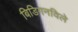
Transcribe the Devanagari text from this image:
बिडिगनविले